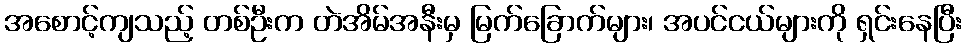
အစောင့်ကျသည့် တစ်ဦးက တဲအိမ်အနီးမှ မြက်ခြောက်များ၊ အပင်ငယ်များကို ရှင်းနေပြီး